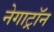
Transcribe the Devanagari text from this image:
नेगाट्रॉन